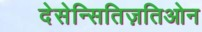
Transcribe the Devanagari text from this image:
देसेन्सितिज़तिओन